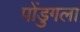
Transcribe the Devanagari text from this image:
पोंडुगला